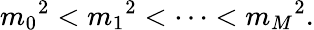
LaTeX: {m_{0}}^{2}<{m_{1}}^{2}<\cdots<{m_{M}}^{2}.